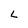
Character: L